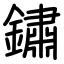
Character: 鏽